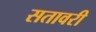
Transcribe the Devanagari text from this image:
सतावरी